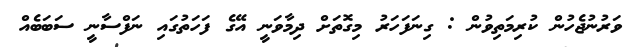
ވަރުނުޖެހުން ކުރިމަތިވުން : ގިނަފަހަރު މިގޮތަށް ދިމާވަނީ އޭގެ ފަހަތުގައި ނަފްސާނީ ސަބަބެއް